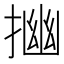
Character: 𢰠